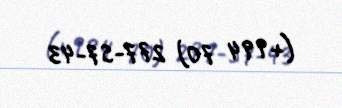
(+994 70) 277-57-43